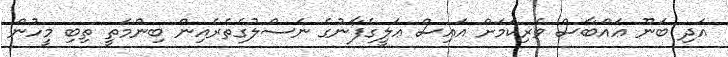
އަދި ބަނޫ ޢައްބާސް ވެރިކަމަށް އައިސް ޢަލީގެފާނުގެ ނަސްލުގެތެރެއިން ބިންމަތީ ތިބި މީހުން